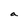
Character: a